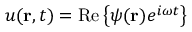
u ( \mathbf { r } , t ) = \mathrm { R e } \left\{ \psi ( \mathbf { r } ) e ^ { i \omega t } \right\}